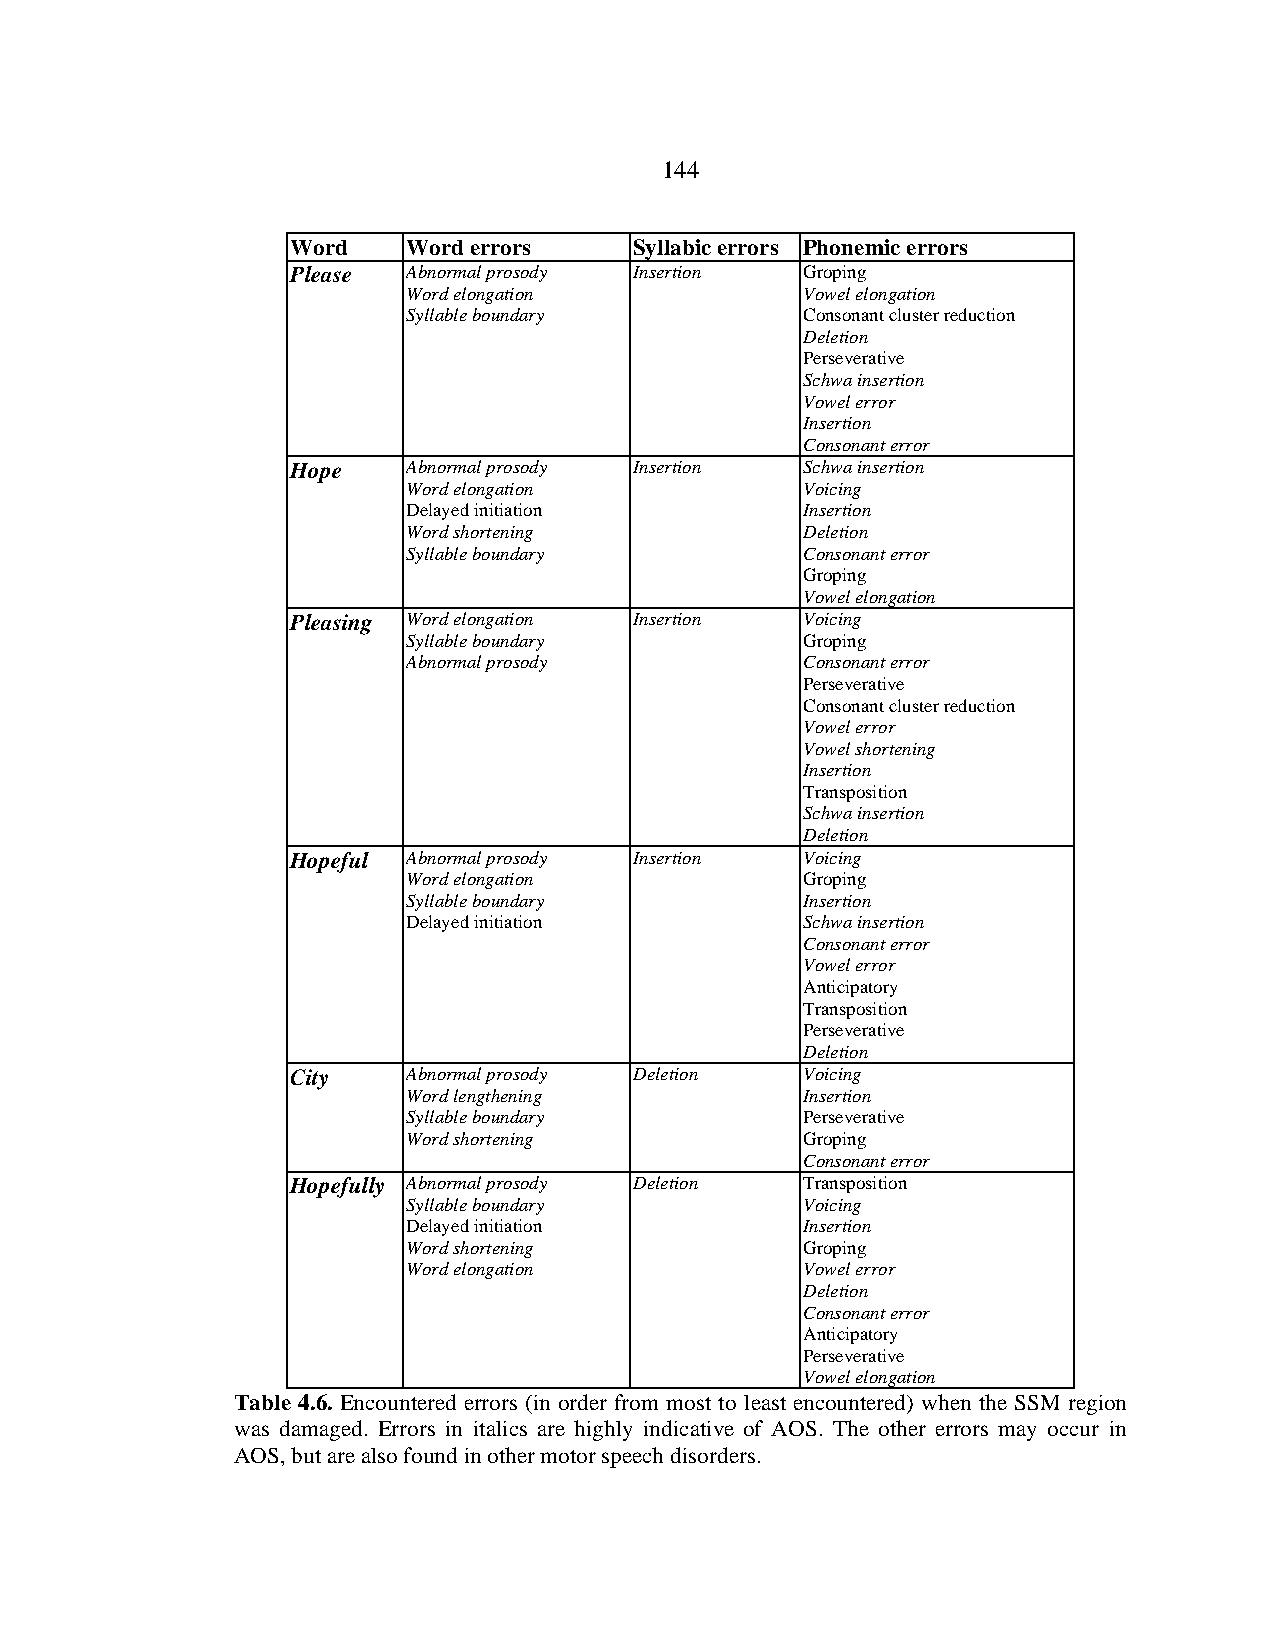
144
 Word    Word errors    Syllabic errors Phonemic errors
 Please  Abnormal prosody Insertion Groping
 Word elongation           Vowel elongation
 Syllable boundary         Consonant cluster reduction
 Deletion
 Perseverative
 Schwa insertion
 Vowel error
 Insertion
 Consonant error
 Hope    Abnormal prosody Insertion Schwa insertion
 Word elongation           Voicing
 Delayed initiation        Insertion
 Word shortening           Deletion
 Syllable boundary         Consonant error
 Groping
 Vowel elongation
 Pleasing Word elongation Insertion Voicing
 Syllable boundary         Groping
 Abnormal prosody          Consonant error
 Perseverative
 Consonant cluster reduction
 Vowel error
 Vowel shortening
 Insertion
 Transposition
 Schwa insertion
 Deletion
 Hopeful Abnormal prosody Insertion Voicing
 Word elongation           Groping
 Syllable boundary         Insertion
 Delayed initiation        Schwa insertion
 Consonant error
 Vowel error
 Anticipatory
 Transposition
 Perseverative
 Deletion
 City    Abnormal prosody Deletion Voicing
 Word lengthening          Insertion
 Syllable boundary         Perseverative
 Word shortening           Groping
 Consonant error
 Hopefully Abnormal prosody Deletion Transposition
 Syllable boundary         Voicing
 Delayed initiation        Insertion
 Word shortening           Groping
 Word elongation           Vowel error
 Deletion
 Consonant error
 Anticipatory
 Perseverative
 Vowel elongation
 Table 4.6. Encountered errors (in order from most to least encountered) when the SSM region
 was damaged. Errors in italics are highly indicative of AOS. The other errors may occur in
 AOS, but are also found in other motor speech disorders.